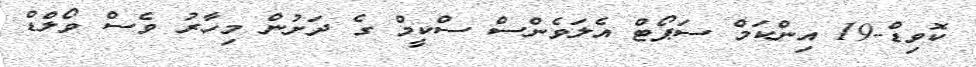
ކޮވިޑް-19 އިންކަމް ސަޕޯޓް އެލަވެންސް ސްކީމް ގެ ދަށުން މިހާރު ވެސް ވޯލްޑް